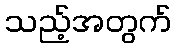
သည့်အတွက်